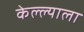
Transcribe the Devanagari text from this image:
केल्ल्याला